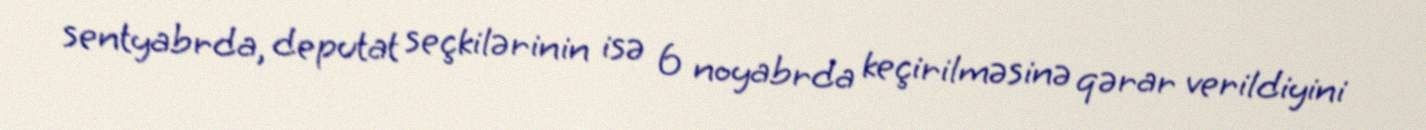
sentyabrda, deputat seçkilərinin isə 6 noyabrda keçirilməsinə qərar verildiyini